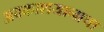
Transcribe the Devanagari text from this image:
अवकाशयानाचा